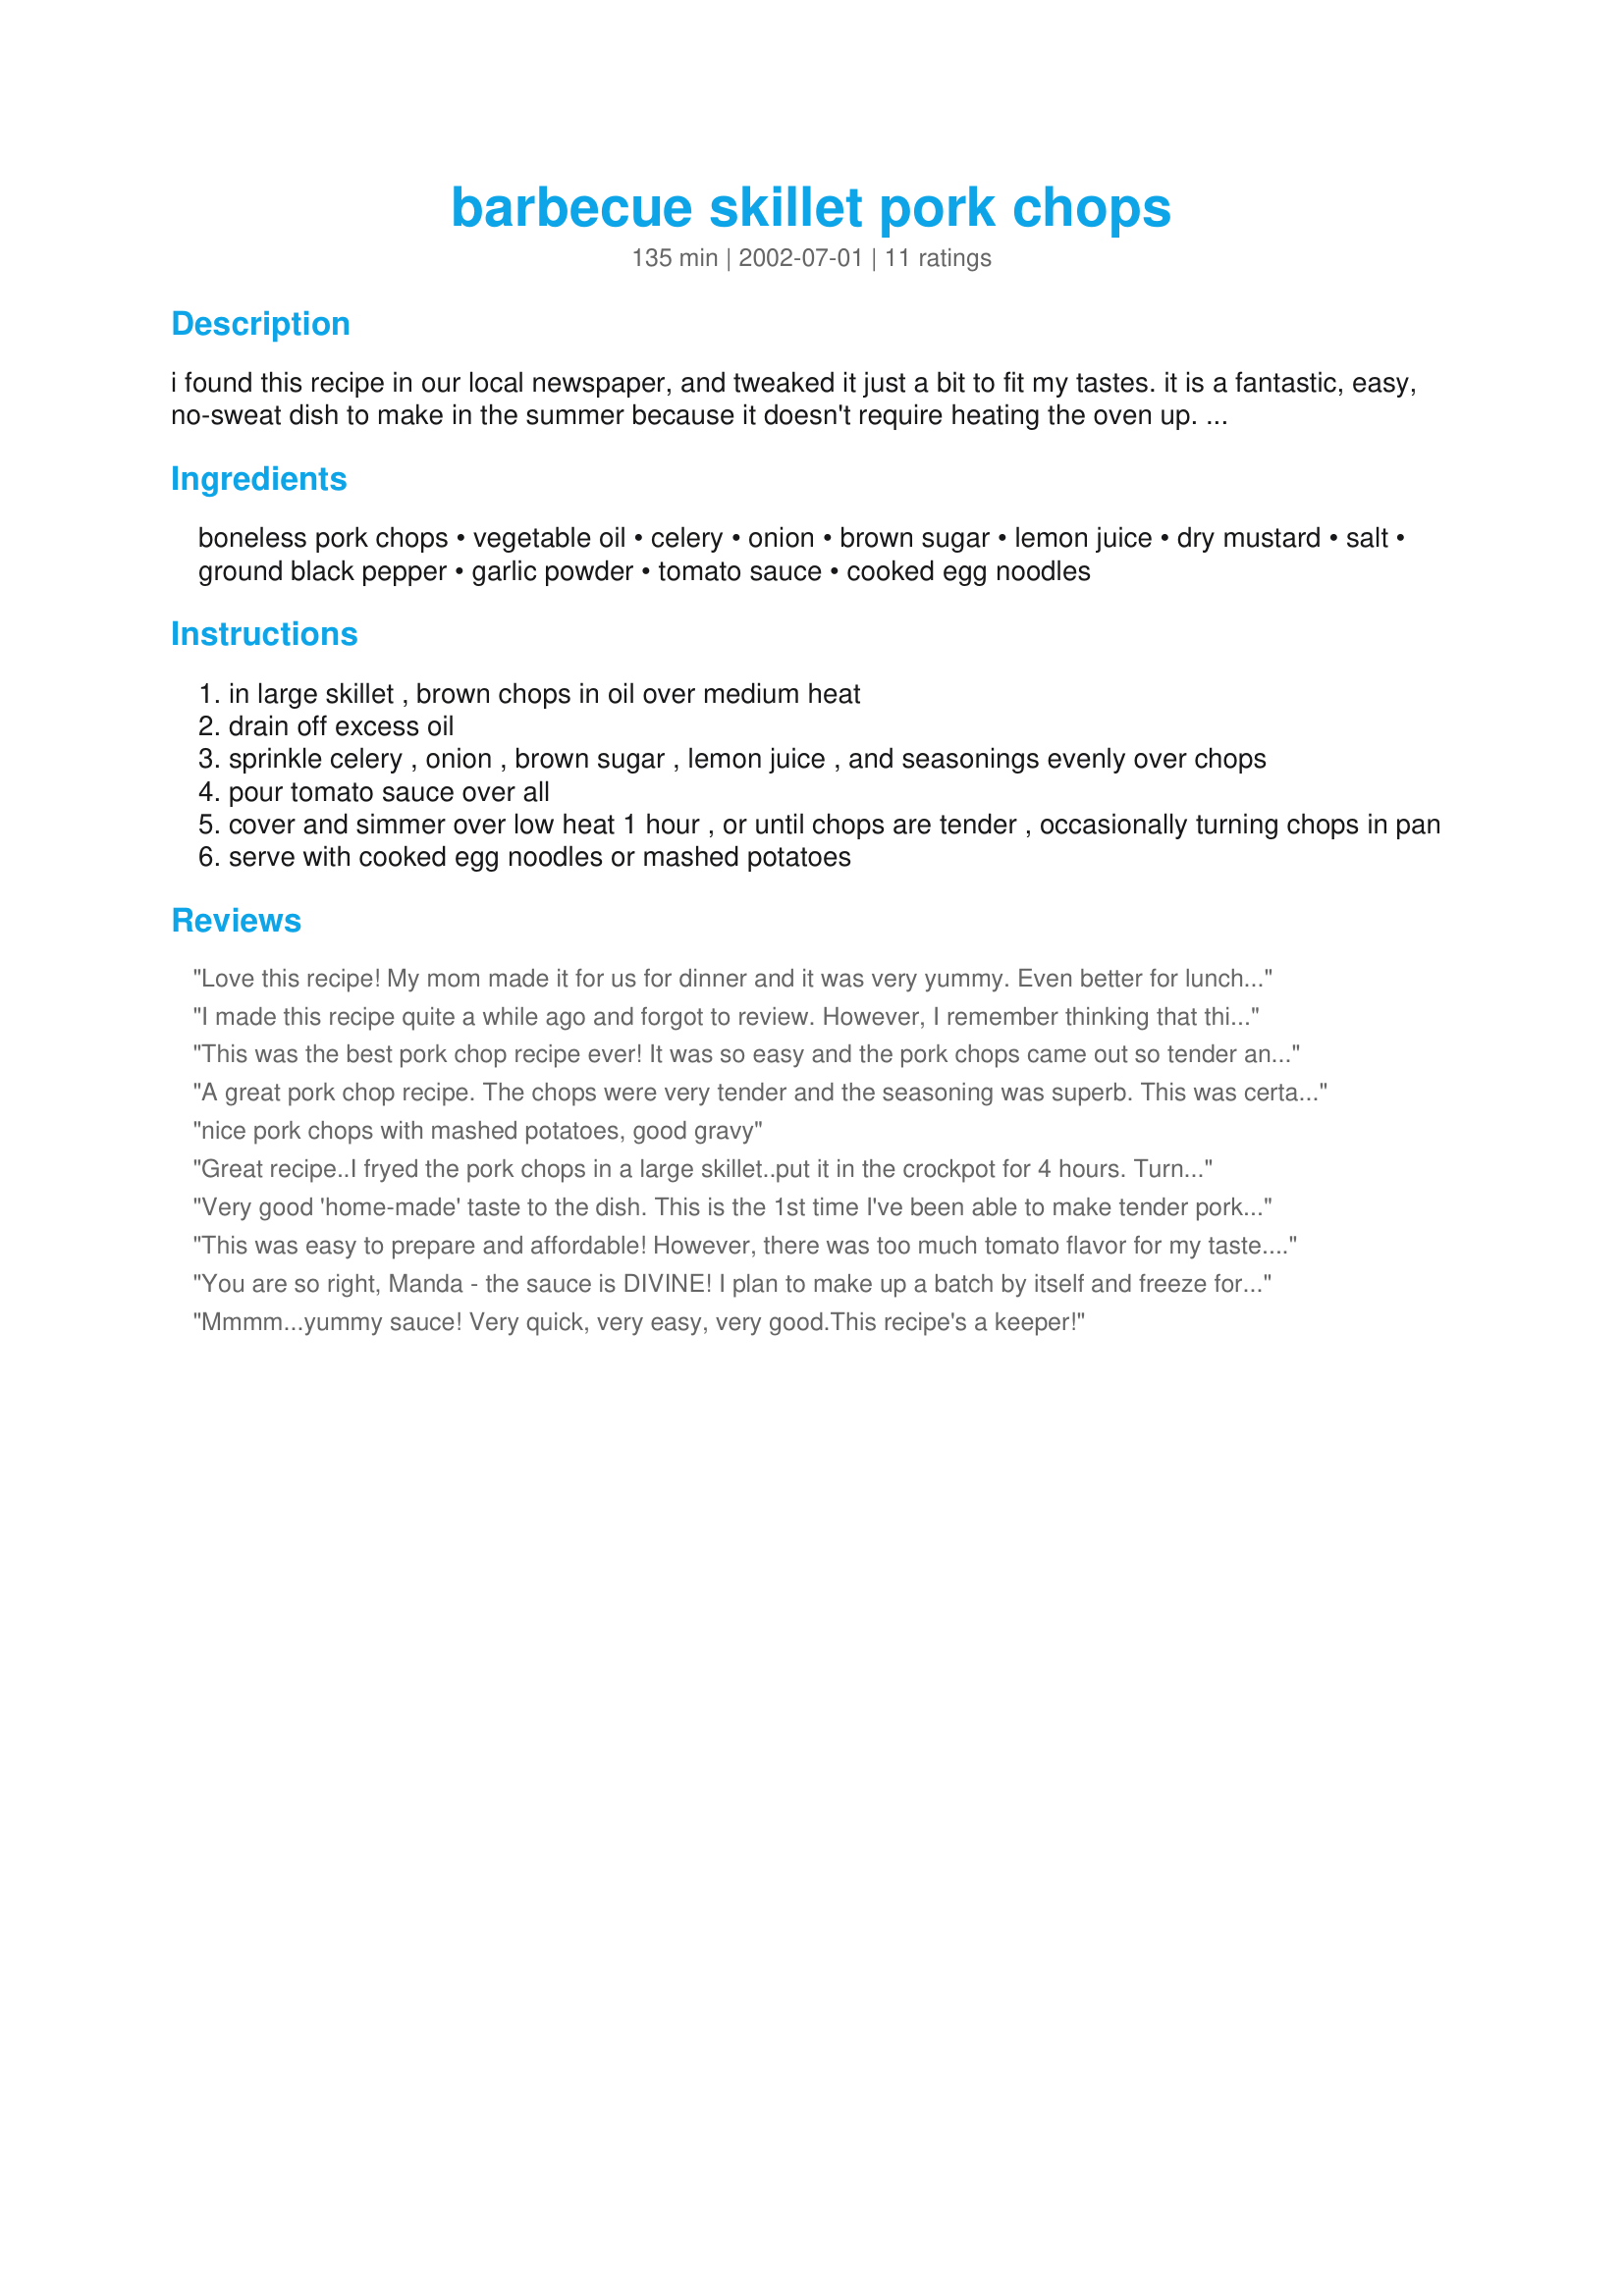
barbecue skillet pork chops
Preparation time: 135 minutes

i found this recipe in our local newspaper, and tweaked it just a bit to fit my tastes. it is a fantastic, easy, no-sweat dish to make in the summer because it doesn't require heating the oven up. we ate it over cooked egg noodles, with a side of cooked broccoli, and a salad. the sauce is just divine!! the leftovers are also good cold for a quick lunch. yummy!!:)

Ingredients:
boneless pork chops, vegetable oil, celery, onion, brown sugar, lemon juice, dry mustard, salt, ground black pepper, garlic powder, tomato sauce, cooked egg noodles

Steps:
in large skillet , brown chops in oil over medium heat
drain off excess oil
sprinkle celery , onion , brown sugar , lemon juice , and seasonings evenly over chops
pour tomato sauce over all
cover and simmer over low heat 1 hour , or until chops are tender , occasionally turning chops in pan
serve with cooked egg noodles or mashed potatoes

Reviews:
Love this recipe! My mom made it for us for dinner and it was very yummy. Even better for lunch the next day!
I made this recipe quite a while ago and forgot to review. However, I remember thinking that this one is a keeper. I am making it again tonight. This time I am going to cook chops in roasted garlic butter and saute onions and celery before cooking. I am not a fan a crunchy vegetable in cooked dishes. Regardless, this will stay in my pork chop recipe rotation!
This was the best pork chop recipe ever! It was so easy and the pork chops came out so tender and tasty. The sauce was great over egg noodles.
A great pork chop recipe. The chops were very tender and the seasoning was superb. This was certainly a no sweat dinner that we all enjoyed. I served with noodles. It is nice to have a home cooked meal without getting every pot in the kitchen dirty. Thanks.
nice pork chops with mashed potatoes, good gravy
Great recipe..I fryed the pork chops in a large skillet..put it in the crockpot for 4 hours.
Turned out great and pork chops were very tender.
Thank You
Very good 'home-made' taste to the dish. This is the 1st time I've been able to make tender pork chops outside of using the slow cooker. I recommend making this dish.
This was easy to prepare and affordable! However, there was too much tomato flavor for my taste. My husband liked it alot but we both agreed it is more like a Swiss Steak type taste rather than barbeque.
You are so right, Manda - the sauce is DIVINE! I plan to make up a batch by itself and freeze for use in other recipes and on the grill. And the chops turned out very juicy and tender. Instead of noodles or mashed potatoes, I served the chops and sauce with red beans and rice (1 box of Zatarain's - makes up in the microwave in 25 mins). The sauce ran over into the red beans & rice and it was sooooo YUMMY! I've definitely added this one to my cookbook.
Mmmm...yummy sauce! Very quick, very easy, very good.This recipe's a keeper!
Fantastic recipe!!!
I was told to give it 10 stars.....a good recipe to make on a hot night when you don't want to turn on oven....
